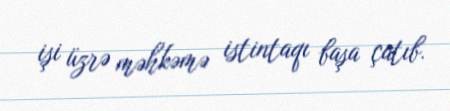
işi üzrə məhkəmə istintaqı başa çatıb.